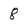
Character: 8